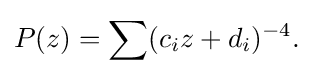
\displaystyle {P(z)=\sum (c_{i}z+d_{i})^{-4}.}